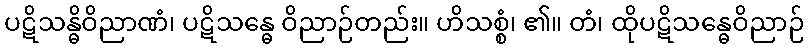
ပဋိသန္ဓိဝိညာဏံ၊ ပဋိသန္ဓေ ဝိညာဉ်တည်း။ ဟိသစ္စံ၊ ၏။ တံ၊ ထိုပဋိသန္ဓေဝိညာဉ်